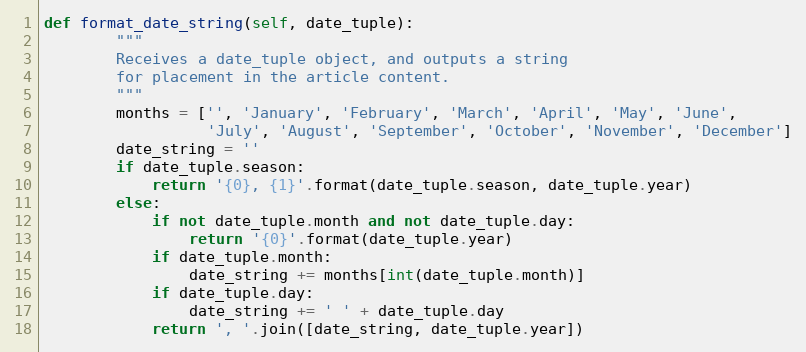
Language: Python
def format_date_string(self, date_tuple):
        """
        Receives a date_tuple object, and outputs a string
        for placement in the article content.
        """
        months = ['', 'January', 'February', 'March', 'April', 'May', 'June',
                  'July', 'August', 'September', 'October', 'November', 'December']
        date_string = ''
        if date_tuple.season:
            return '{0}, {1}'.format(date_tuple.season, date_tuple.year)
        else:
            if not date_tuple.month and not date_tuple.day:
                return '{0}'.format(date_tuple.year)
            if date_tuple.month:
                date_string += months[int(date_tuple.month)]
            if date_tuple.day:
                date_string += ' ' + date_tuple.day
            return ', '.join([date_string, date_tuple.year])